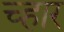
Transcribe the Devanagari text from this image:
च्हार